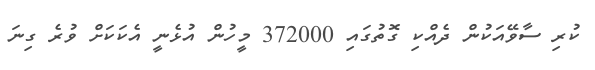
ކުރި ސާވޭއަކުން ދެއްކި ގޮތުގައި 372000 މީހުން އުޅެނީ އެކަކަށް ވުރެ ގިނަ